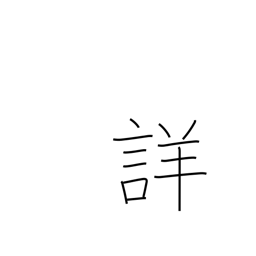
Meaning: accurate